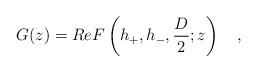
LaTeX: \begin{align*}G(z) = Re F \left (h_{+}, h_{-},\frac{D}{2}; z \right)\quad, \end{align*}